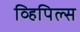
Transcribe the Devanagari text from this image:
व्हिपिल्स